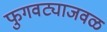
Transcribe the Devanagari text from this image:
फुगवट्याजवळ